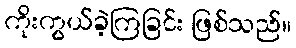
ကိုးကွယ်ခဲ့ကြခြင်း ဖြစ်သည်။